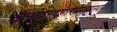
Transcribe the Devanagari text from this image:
कलितकनकमौलेर्वामभागस्थसीता